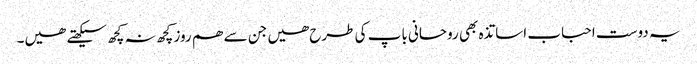
یہ دوست احباب اساتذہ بھی روحانی باپ کی طرح ھیں جن سے ھم روز کچھ نہ کچھ سیکھتے ھیں۔